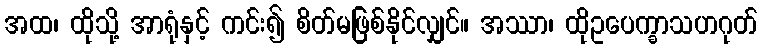
အထ၊ ထိုသို့ အာရုံနှင့် ကင်း၍ စိတ်မဖြစ်နိုင်လျှင်။ အဿာ၊ ထိုဥပေက္ခာသဟဂုတ်